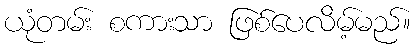
ယုံတမ်း စကားသာ ဖြစ်ပေလိမ့်မည်။